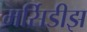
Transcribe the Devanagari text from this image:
मर्सिडीझ